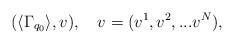
\begin{align*}(\langle \Gamma_{q_0} \rangle,v),\quad v=(v^1, v^2,...v^N),\end{align*}